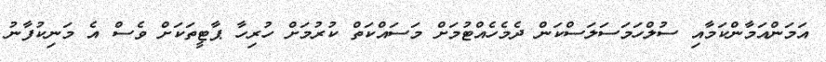
އަމަންއަމާންކަމާއި ސުލްހަމަސަލަސްކަން ދެމެެހެއްޓުމަށް މަސައްކަތް ކުރުމަށް ހުރިހާ ޕާޓީތަކަށް ވެސް އެ މަނިކުފާނު